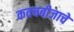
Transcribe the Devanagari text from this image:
कवचबीजाचे